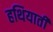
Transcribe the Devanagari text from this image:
हथियाती